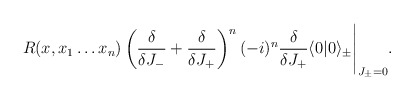
\begin{align*}R(x,x_1\ldots x_n) \left(\frac{\delta}{\delta J_-}+\frac{\delta}{\delta J_+} \right)^n (-i)^n \frac{\delta}{\delta J_+}\langle0|0\rangle_\pm\Bigg|_{J_{\pm}=0}.\end{align*}